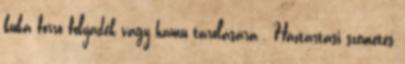
kuka forró folyadék vagy hamu tárolására . Háztartási szemetes